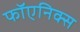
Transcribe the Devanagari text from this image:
फॉएनिक्स